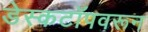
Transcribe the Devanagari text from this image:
डेस्कटॉपवरून